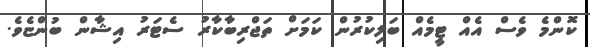
ކޮންމެ ވެސް އެއް ޓީމެއް ބަލިކުރުން ކަމަށް ތަޖްރިބާކާރު ސެޓަރު އިޝާން ބުންޏެވެ.